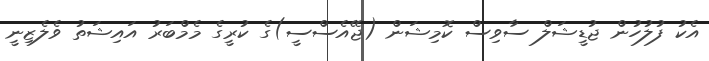
އެކު ފުލުހުން ޖުޑީޝަލް ސާވިސް ކޮމިޝަން (ޖޭއެސްސީ)ގެ ކުރީގެ މެމްބަރު އައިޝަތު ވެލެޒިނީ